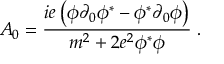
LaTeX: A _ { 0 } = { \frac { i e \left( \phi \partial _ { 0 } \phi ^ { * } - \phi ^ { * } \partial _ { 0 } \phi \right) } { m ^ { 2 } + 2 e ^ { 2 } \phi ^ { * } \phi } } \; .